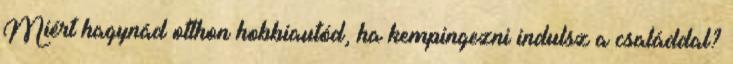
Miért hagynád otthon hobbiautód, ha kempingezni indulsz a családdal?